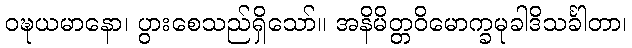
ဝဍ္ဎယမာနော၊ ပွားစေသည်ရှိသော်။ အနိမိတ္တဝိမောက္ခမုခါဒိသင်္ခါတာ၊